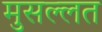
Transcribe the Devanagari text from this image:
मुसल्लत